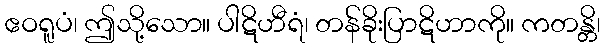
ဧဝရူပံ၊ ဤသို့သော။ ပါဋိဟီရံ၊ တန်ခိုးပြာဋိဟာကို။ ကတန္တိ၊